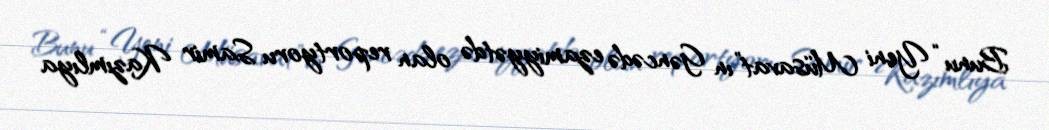
Bunu “Yeni Müsavat”ın Gəncədə ezamiyyətdə olan reportyoru Samir Kazımlıya